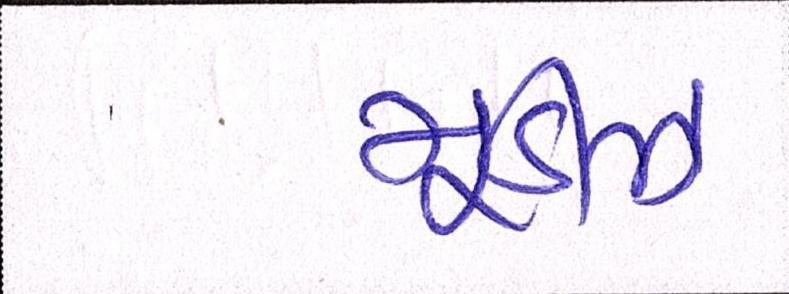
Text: મૂડીઝે